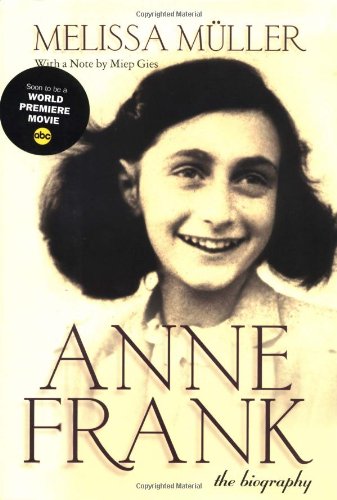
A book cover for Anne Frank : The Biography; Melissa MÃ¼ller; Biographies & Memoirs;